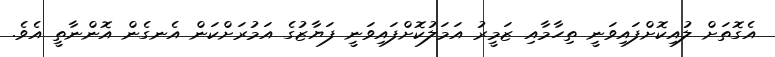
އެގޮތަށް ލުއިކޮށްފައިވަނީ ތިހާމާއި ޒަމީރު އަމަލުކޮށްފައިވަނީ ފަޔާޒުގެ އަމުރަށްކަން އެނގެން އޮންނާތީ އެވެ.